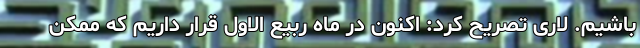
باشیم. لاری تصریح کرد: اکنون در ماه ربیع الاول قرار داریم که ممکن